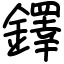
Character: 鐸